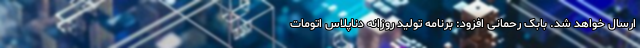
ارسال خواهد شد. بابک رحمانی افزود: برنامه تولید روزانه دناپلاس اتومات